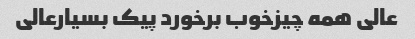
عالی همه چیزخوب برخورد پیک بسیارعالی